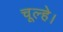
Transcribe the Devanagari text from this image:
चूल्हे।